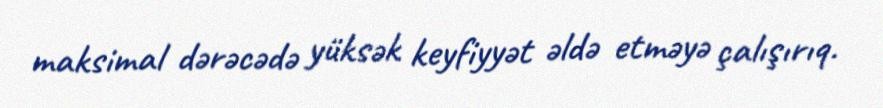
maksimal dərəcədə yüksək keyfiyyət əldə etməyə çalışırıq.